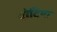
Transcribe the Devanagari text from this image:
चोटिया